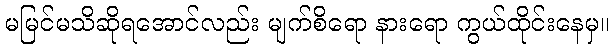
မမြင်မသိဆိုရအောင်လည်း မျက်စိရော နားရော ကွယ်ထိုင်းနေမှ။